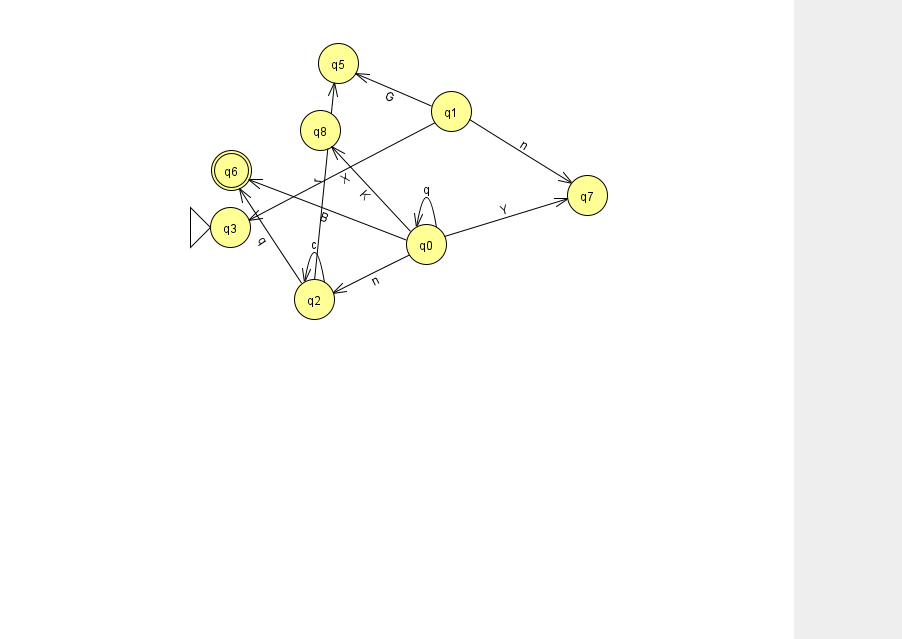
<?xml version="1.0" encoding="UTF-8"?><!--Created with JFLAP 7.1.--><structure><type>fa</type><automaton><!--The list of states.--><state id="0" name="q0"><x>426.0</x><y>231.0</y></state><state id="1" name="q1"><x>451.0</x><y>98.0</y></state><state id="2" name="q2"><x>314.0</x><y>286.0</y></state><state id="3" name="q3"><x>230.0</x><y>214.0</y><initial/></state><state id="5" name="q5"><x>338.0</x><y>50.0</y></state><state id="6" name="q6"><x>231.0</x><y>157.0</y><final/></state><state id="7" name="q7"><x>587.0</x><y>182.0</y></state><state id="8" name="q8"><x>320.0</x><y>117.0</y></state><!--The list of transitions.--><transition><from>1</from><to>7</to><read>n</read></transition><transition><from>0</from><to>0</to><read>q</read></transition><transition><from>2</from><to>6</to><read>q</read></transition><transition><from>2</from><to>2</to><read>c</read></transition><transition><from>0</from><to>7</to><read>Y</read></transition><transition><from>0</from><to>6</to><read>B</read></transition><transition><from>1</from><to>3</to><read>X</read></transition><transition><from>0</from><to>2</to><read>n</read></transition><transition><from>2</from><to>5</to><read>r</read></transition><transition><from>0</from><to>8</to><read>K</read></transition><transition><from>1</from><to>5</to><read>G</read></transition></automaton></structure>